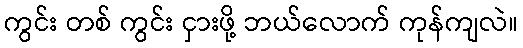
ကွင်း တစ် ကွင်း ငှားဖို့ ဘယ်လောက် ကုန်ကျလဲ။